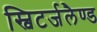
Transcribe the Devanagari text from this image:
स्विटर्जलैण्ड